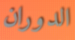
الدوران